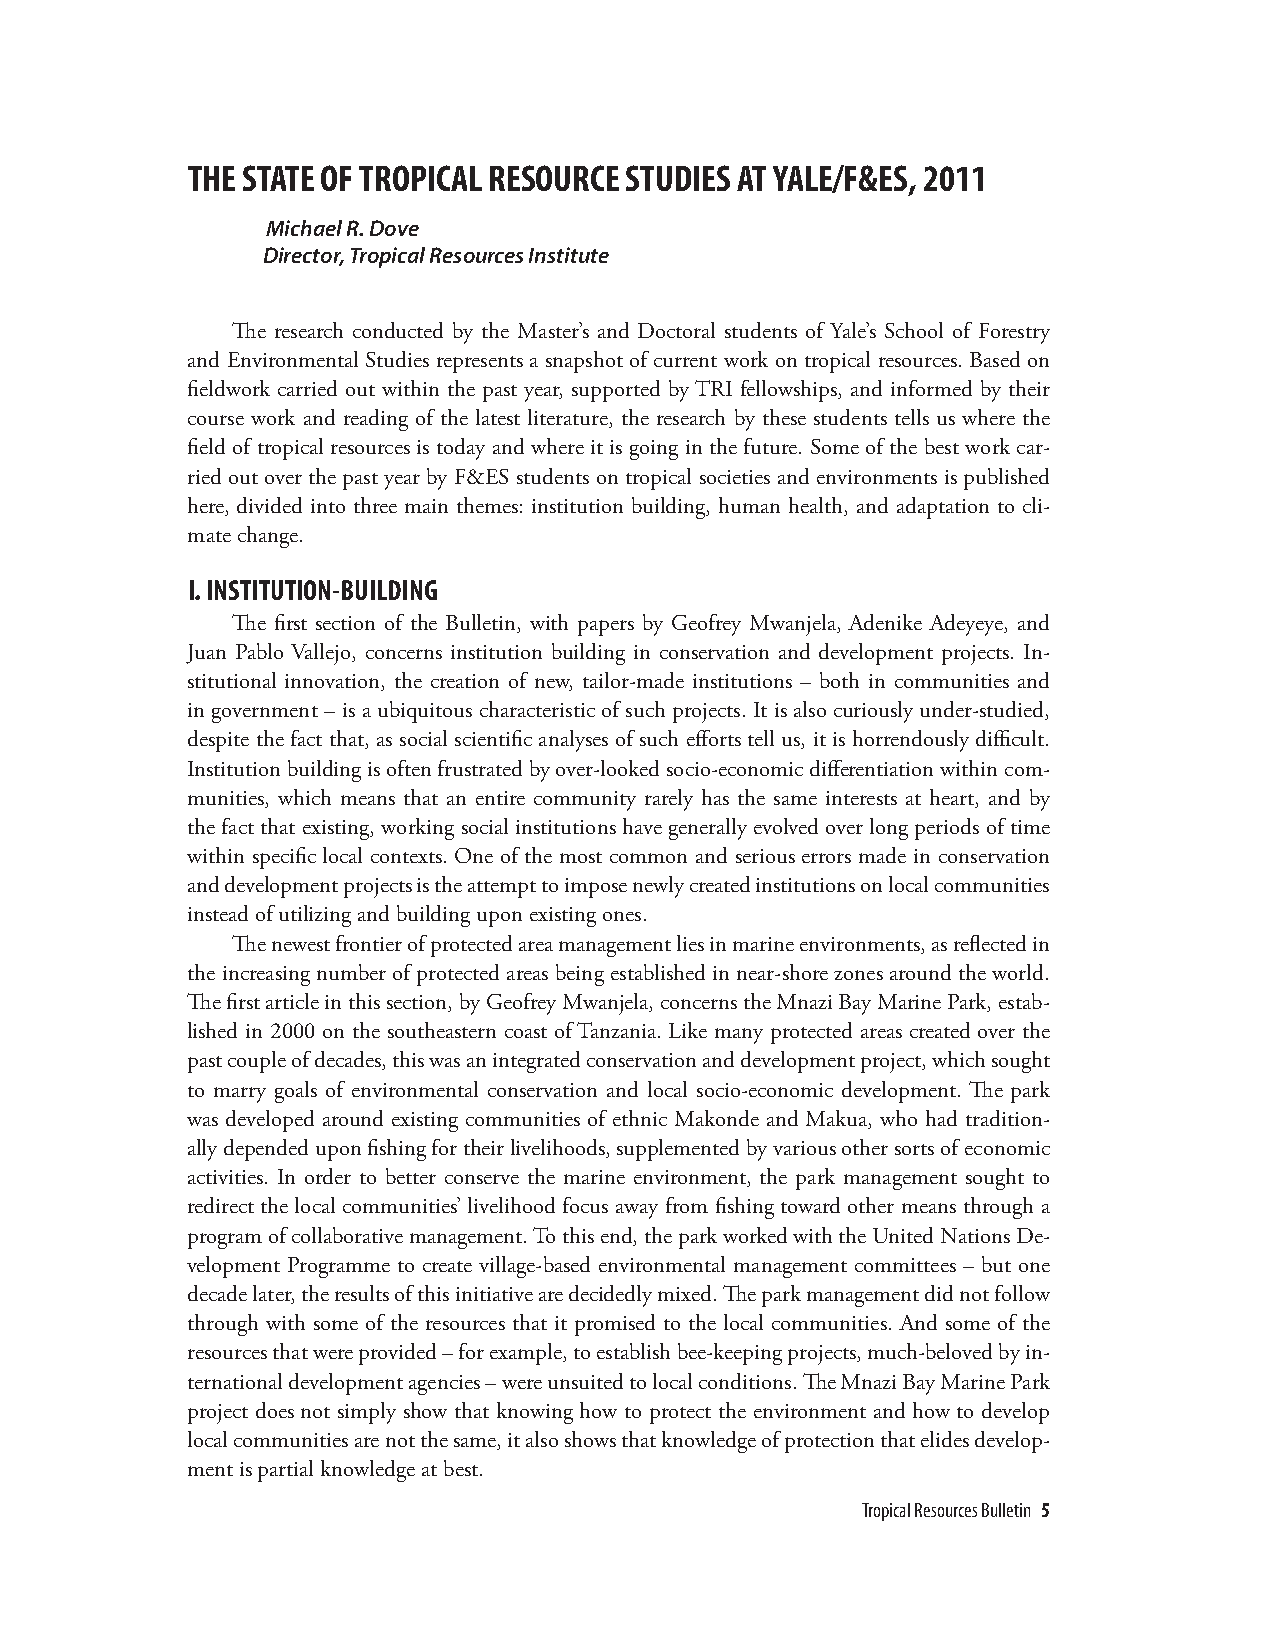
THE STATE OF TROPICAL RESOURCE STUDIES AT YALE/F&ES, 2011
 Michael R. Dove
 Director, Tropical Resources Institute
 The research conducted by the Master’s and Doctoral students of Yale’s School of Forestry
 and Environmental Studies represents a snapshot of current work on tropical resources. Based on
 fieldwork carried out within the past year, supported by TRI fellowships, and informed by their
 course work and reading of the latest literature, the research by these students tells us where the
 field of tropical resources is today and where it is going in the future. Some of the best work car-
 ried out over the past year by F&ES students on tropical societies and environments is published
 here, divided into three main themes: institution building, human health, and adaptation to cli-
 mate change.
 I. INSTITUTION-BUILDING
 The first section of the Bulletin, with papers by Geofrey Mwanjela, Adenike Adeyeye, and
 Juan Pablo Vallejo, concerns institution building in conservation and development projects. In-
 stitutional innovation, the creation of new, tailor-made institutions – both in communities and
 in government – is a ubiquitous characteristic of such projects. It is also curiously under-studied,
 despite the fact that, as social scientific analyses of such efforts tell us, it is horrendously difficult.
 Institution building is often frustrated by over-looked socio-economic differentiation within com-
 munities, which means that an entire community rarely has the same interests at heart, and by
 the fact that existing, working social institutions have generally evolved over long periods of time
 within specific local contexts. One of the most common and serious errors made in conservation
 and development projects is the attempt to impose newly created institutions on local communities
 instead of utilizing and building upon existing ones.
 The newest frontier of protected area management lies in marine environments, as reflected in
 the increasing number of protected areas being established in near-shore zones around the world.
 The first article in this section, by Geofrey Mwanjela, concerns the Mnazi Bay Marine Park, estab-
 lished in 2000 on the southeastern coast of Tanzania. Like many protected areas created over the
 past couple of decades, this was an integrated conservation and development project, which sought
 to marry goals of environmental conservation and local socio-economic development. The park
 was developed around existing communities of ethnic Makonde and Makua, who had tradition-
 ally depended upon fishing for their livelihoods, supplemented by various other sorts of economic
 activities. In order to better conserve the marine environment, the park management sought to
 redirect the local communities’ livelihood focus away from fishing toward other means through a
 program of collaborative management. To this end, the park worked with the United Nations De-
 velopment Programme to create village-based environmental management committees – but one
 decade later, the results of this initiative are decidedly mixed. The park management did not follow
 through with some of the resources that it promised to the local communities. And some of the
 resources that were provided – for example, to establish bee-keeping projects, much-beloved by in-
 ternational development agencies – were unsuited to local conditions. The Mnazi Bay Marine Park
 project does not simply show that knowing how to protect the environment and how to develop
 local communities are not the same, it also shows that knowledge of protection that elides develop-
 ment is partial knowledge at best.
 Tropical Resources Bulletin 5